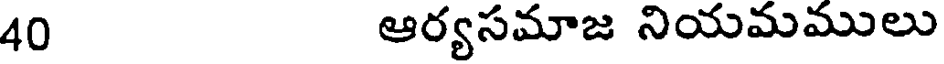
40 ఆర్యసమాజ నియమములు